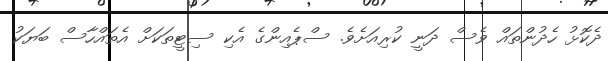
ދެކޮޅު ހެދުންތައް ވެސް ދަނީ ކުރިއަށެވެ. ސްޕެއިންގެ އެކި ސިޓީތަކަށް އެތައްހާސް ބަޔަކު